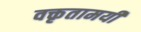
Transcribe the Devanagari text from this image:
वक्तृतामयी